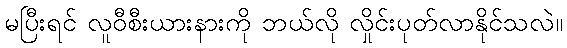
မပြီးရင် လူဝီစီးယားနားကို ဘယ်လို လှိုင်းပုတ်လာနိုင်သလဲ။